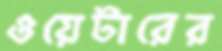
ওয়েটারের